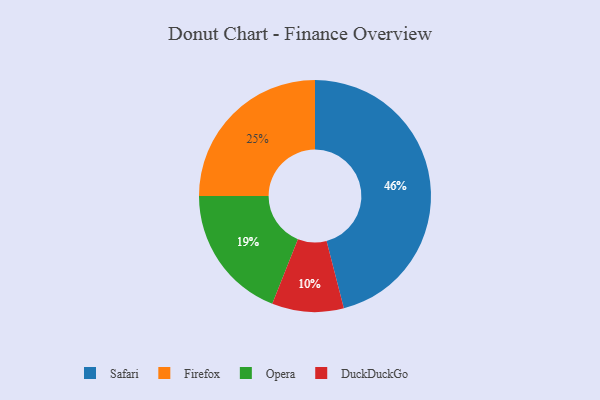
{"axis": {"x": "Category", "y": "Percentage"}, "legend": ["DuckDuckGo", "Firefox", "Opera", "Safari"], "data": [{"x": "Opera", "y": 19, "type": "Opera"}, {"x": "Safari", "y": 46, "type": "Safari"}, {"x": "Firefox", "y": 25, "type": "Firefox"}, {"x": "DuckDuckGo", "y": 10, "type": "DuckDuckGo"}]}